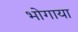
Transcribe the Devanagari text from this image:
भोगाया